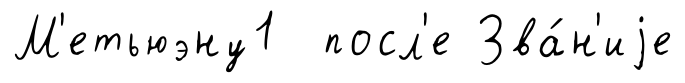
М'етьюэну1 посл'е Зва́н'иjе